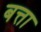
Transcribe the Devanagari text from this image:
बत्ता